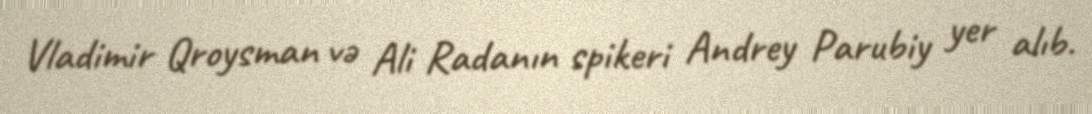
Vladimir Qroysman və Ali Radanın spikeri Andrey Parubiy yer alıb.